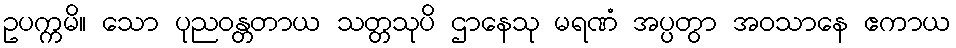
ဥပက္ကမိ။ သော ပုညဝန္တတာယ သတ္တသုပိ ဌာနေသု မရဏံ အပ္ပတွာ အဝသာနေ ဧကာယ